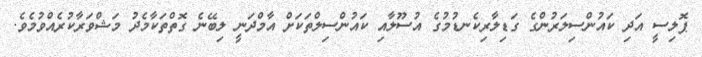
ޕޮލިސީ އަދި ކައުންސިލަރުންގެ ގަޑިލާރިކެނޑުމުގެ އުސޫލާއި ކައުންސިލްތަކަށް އާމްދަނީ ލިބޭނެ ގޮތްތަކާމެދު މަޝްވަރާކުރެއްވުމެވެ.